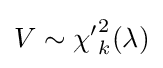
V\sim {\chi '}_{k}^{2}(\lambda )